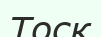
Тоск